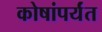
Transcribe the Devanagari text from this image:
कोषांपर्यंत